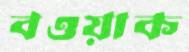
বওয়াক